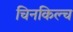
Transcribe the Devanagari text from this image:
चिनकिल्च